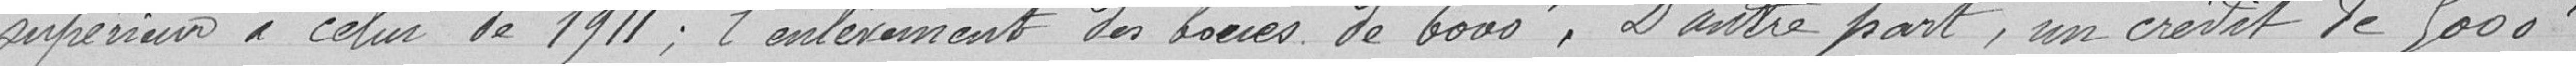
supérieur à celui de 1911; l'enlèvement des boues de 6000. D'autre part, un crédit de 5000